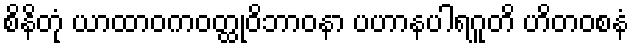
စိနိတုံ ယာထာဝကဝတ္ထုဝိဘာဝနာ ပဟာနပါရဂူတိ ဟိတဝစနံ